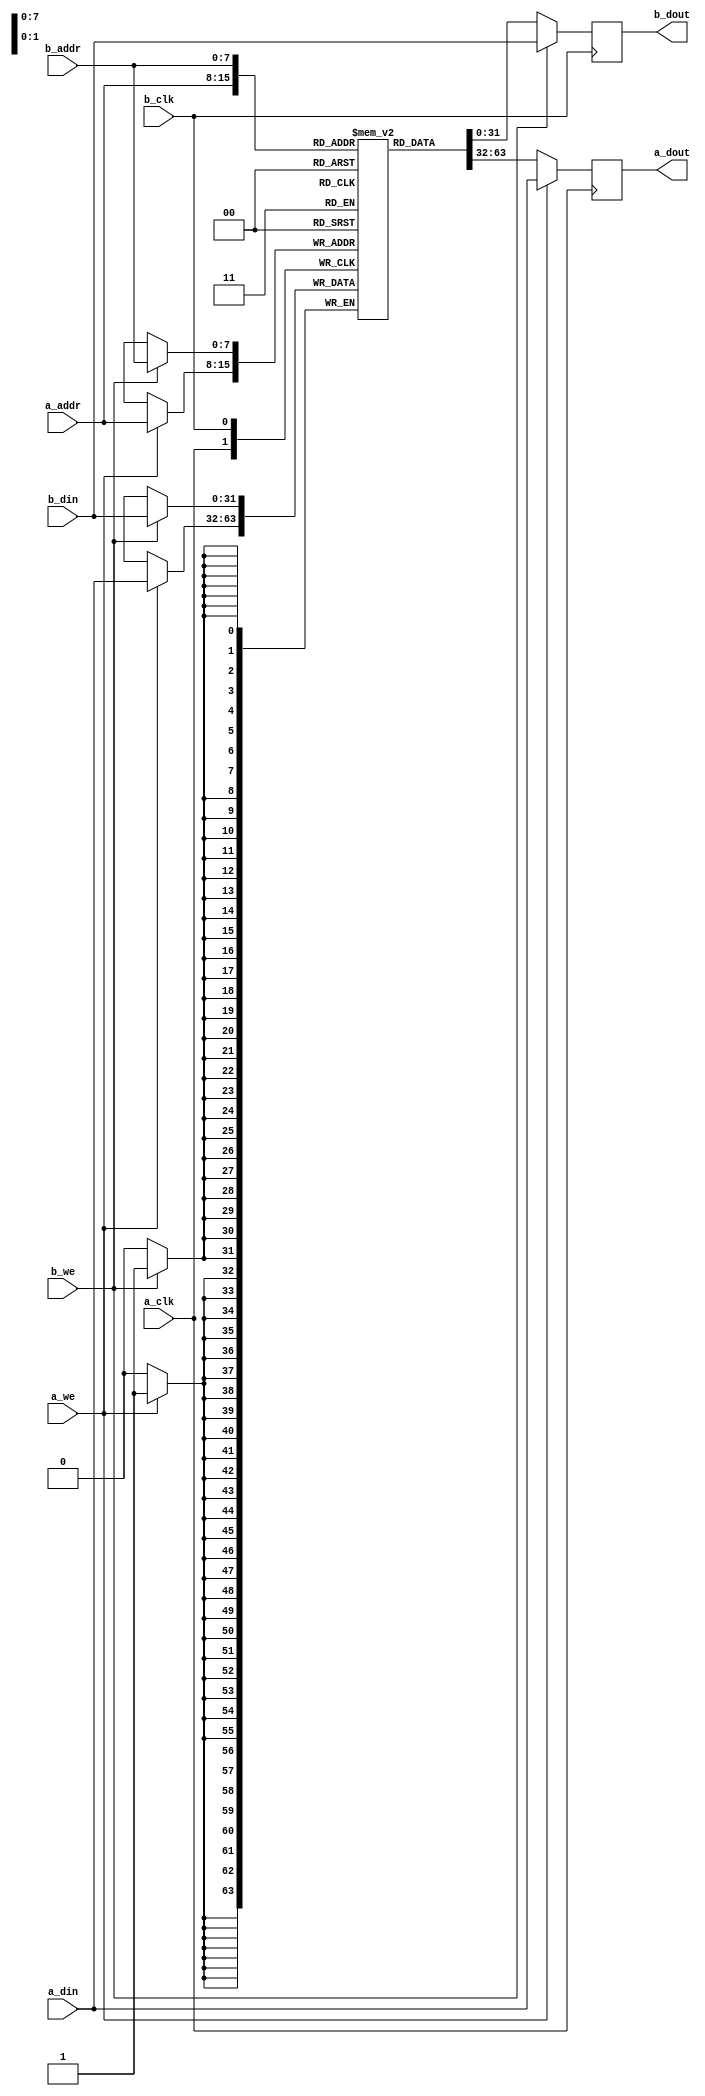
module tdp_ram
#(parameter DATA_WIDTH=32, parameter ADDR_WIDTH=8)
(
	input [(DATA_WIDTH-1):0] a_din, b_din,
	input [(ADDR_WIDTH-1):0] a_addr, b_addr,
	input a_we, b_we, a_clk, b_clk,
	output reg [(DATA_WIDTH-1):0] a_dout, b_dout
);

	// Declare the RAM variable
	reg [DATA_WIDTH-1:0] ram[2**ADDR_WIDTH-1:0];

	always @ (posedge a_clk)
	begin
		// Port A
		if (a_we)
		begin
			ram[a_addr] <= a_din;
			a_dout <= a_din;
		end
		else
		begin
			a_dout <= ram[a_addr];
		end
	end

	always @ (posedge b_clk)
	begin
		// Port B
		if (b_we)
		begin
			ram[b_addr] <= b_din;
			b_dout <= b_din;
		end
		else
		begin
			b_dout <= ram[b_addr];
		end
	end

endmodule